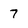
Character: 7